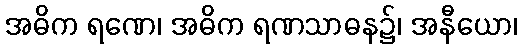
အဓိက ရဏေ၊ အဓိက ရဏသာဓန၌၊ အနီယော၊